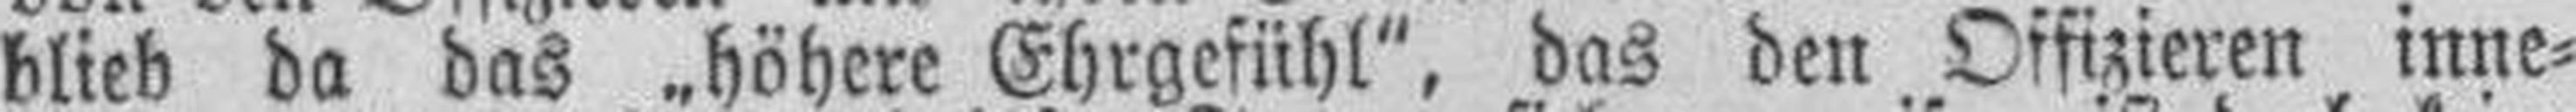
blieb da das „höhere Ehrgefühl“, das den Offizieren inne¬